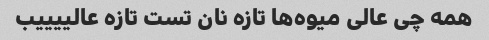
همه چی عالی میوه‌ها تازه نان تست تازه عالییییب